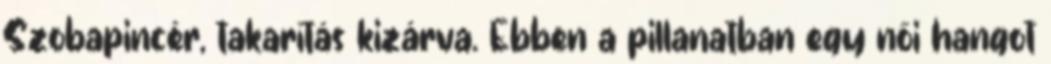
Szobapincér, takarítás kizárva. Ebben a pillanatban egy női hangot